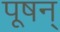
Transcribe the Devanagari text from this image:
पूषन्